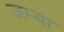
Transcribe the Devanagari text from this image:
जम्बा